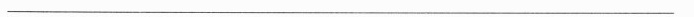
___